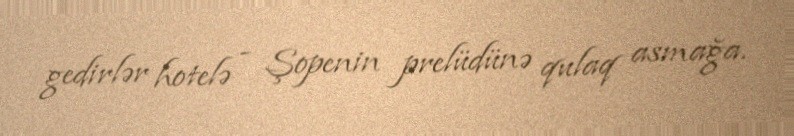
gedirlər hotelə - Şopenin prelüdünə qulaq asmağa.